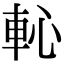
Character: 𨊳